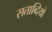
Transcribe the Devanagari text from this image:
सताब्दियो